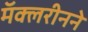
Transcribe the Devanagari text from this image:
मॅक्लरीनने